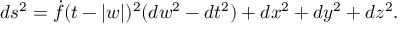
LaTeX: d s ^ { 2 } = \dot { f } ( t - | w | ) ^ { 2 } ( d w ^ { 2 } - d t ^ { 2 } ) + d x ^ { 2 } + d y ^ { 2 } + d z ^ { 2 } .